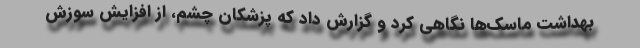
بهداشت ماسک‌ها نگاهی کرد و گزارش داد که پزشکان چشم، از افزایش سوزش